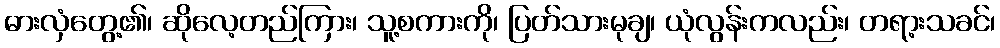
ဓားလှံတွေ့၏၊ ဆိုလေ့တည်ကြား၊ သူ့စကားကို၊ ပြတ်သားမုချ၊ ယုံလွန်းကလည်း၊ တရာ့းသခင်၊